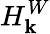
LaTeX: H_{\mathbf{k}}^{W}